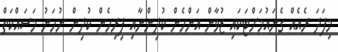
މިފަދަ ރެއެއް ގެނައުމަށްޓަކައި ޒުވާން އަންހެން ކުދިންނާއި ފިރިހެން ކުދިން ނުހަނު މަސައްކަތް